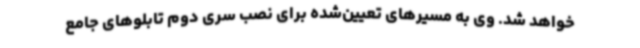
خواهد شد. وی به مسیرهای تعیین‌شده برای نصب سری دوم تابلوهای جامع